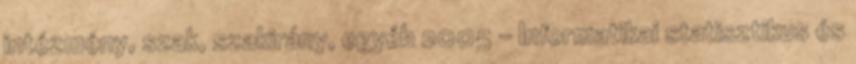
intézmény, szak, szakirány, egyéb 2005 - Informatikai statisztikus és